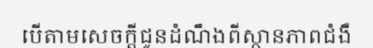
បើតាមសេចក្តីជូនដំណឹងពីស្ថានភាពជំងឺ